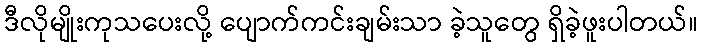
ဒီလိုမျိုးကုသပေးလို့ ပျောက်ကင်းချမ်းသာ ခဲ့သူတွေ ရှိခဲ့ဖူးပါတယ်။